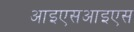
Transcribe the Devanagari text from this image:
आइएसआइएस